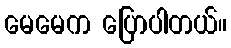
မေမေက ပြောပါတယ်။